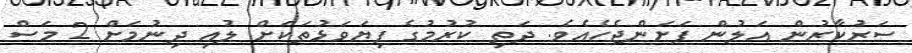
ސަރުކާރުން އަލުން ފަށަންޖެހެއެވެ. ދަތި ކުރުމުގެ ފިޔަވަޅުތަކަށް ލުއި ދިނުމަށް 2 މަސް